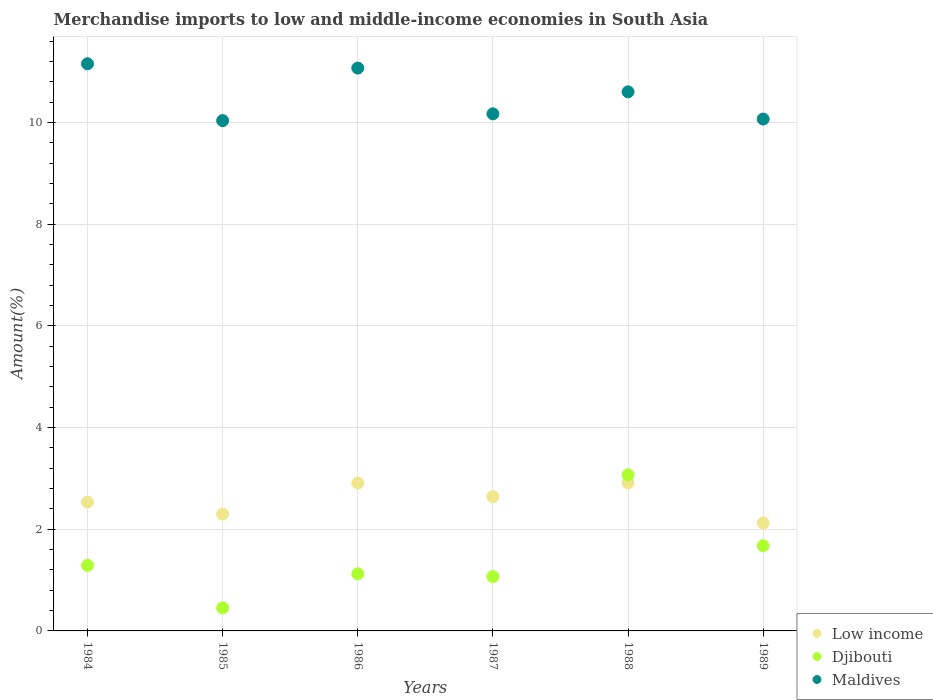
| Years | Low income | Djibouti | Maldives |
 | --- | --- | --- | --- |
 | 1984 | 2.53 | 1.29 | 11.2 |
 | 1985 | 2.3 | 0.453 | 10 |
 | 1986 | 2.91 | 1.12 | 11.1 |
 | 1987 | 2.64 | 1.07 | 10.2 |
 | 1988 | 2.91 | 3.07 | 10.6 |
 | 1989 | 2.12 | 1.68 | 10.1 |